Indian journal of veterinary science and animal husbandry - Volume 1,
Year: 1931
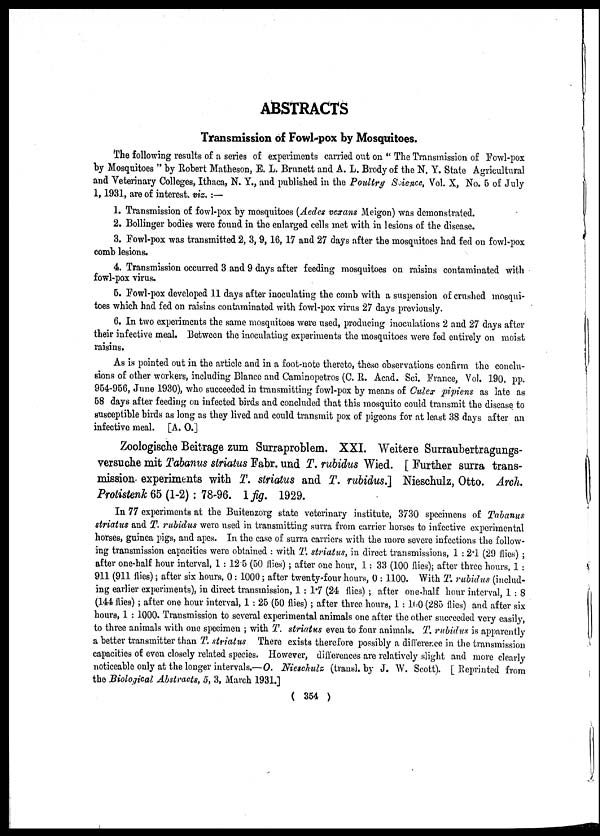
ABSTRACTS
Transmission of Fowl-pox by Mosquitoes.
The following results of a series of experiments carried out on " The Transmission of Fowl-pox
by Mosquitoes " by Robert Matheson, E. L. Brunett and A. L. Brody of the N. Y. State Agricultural
and Veterinary Colleges, Ithaca, N. Y., and published in the Poultry Science, Vol. X, No. 5 of July
1,1931, are of interest, viz.:—
1. Transmission of fowl-pox by mosquitoes (Aedes vexans Meigon) was demonstrated.
2. Bollinger bodies were found in the enlarged cells met with in lesions of the disease.
3. Fowl-pox was transmitted 2, 3, 9, 16, 17 and 27 days after the mosquitoes had fed on fowl-pox
comb lesions.
4. Transmission occurred 3 and 9 days after feeding mosquitoes on raisins contaminated with
fowl-pox virus.
5. Fowl-pox developed 11 days after inoculating the comb with a suspension of crushed mosqui-
toes which had fed on raisins contaminated with fowl-pox virus 27 days previously.
6. In two experiments the same mosquitoes were used, producing inoculations 2 and 27 days after
their infective meal. Between the inoculating experiments the mosquitoes were fed entirely on moist
raisins.
As is pointed out in the article and in a foot-note thereto, these observations confirm the conclu-
sions of other workers, including Blance and Caminopetros (C. R. Acad. Sci. France, Vol. 190, pp.
954-956, June 1930), who succeeded in transmitting fowl-pox by means of Culex pipiens as late as
58 days after feeding on infected birds and concluded that this mosquito could transmit the disease to
susceptible birds as long as they lived and could transmit pox of pigeons for at least 38 days after an
infective meal. [A. O.]
Zoologische Beitrage zum Surraproblem. XXI. Weitere Surraubertragungs-
versuche mit Tabanus striatus Fabr. und T. rubidus Wied. [ Further surra trans-
mission' experiments with T. striatus and T. rubidus.] Nieschulz, Otto. Arch.
Protistenk 65 (1-2) : 78-96. 1 fig. 1929.
In 77 experiments at the Buitenzorg state veterinary institute, 3730 specimens of Tabanus
striatus and T. rubidus were used in transmitting surra from carrier horses to infective experimental
horses, guinea pigs, and apes. In the case of surra carriers with the more severe infections the follow-
ing transmission capacities were obtained : with T. striatus, in direct transmissions, 1 :2.1 (29 flies) ;
after one-half hour interval, 1 : 125 (50 flies); after one hour, 1: 33 (100 flies); after three hours, 1 :
911 (911 flies); after six hours, 0: 1000; after twenty-four hours, 0 : 1100. With T. rubidus (includ-
ing earlier experiments), in direct transmission, 1 : 1.7 (24 flies) ; after one-half hour interval, 1 : 8
(144 flies); after one hour interval, 1 : 25 (50 flies) ; after three hours, 1 :100 (285 flies) and after six
hours, 1 : 1000. Transmission to several experimental animals one after the other succeeded very easily,
to three animals with one specimen ; with T. striatus even to four animals. T. rubidus is apparently
a better transmitter than T. striatus There exists therefore possibly a difference in the transmission
capacities of even closely related species. However, differences are relatively slight and more clearly
noticeable only at the longer intervals.— O. Nieschulz (trausl. by J. W. Scott). [ Reprinted from
the Biological Abstracts, 5, 3, March 1931.]
( 354 )